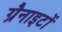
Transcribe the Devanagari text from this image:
ग्रैनाइटों